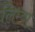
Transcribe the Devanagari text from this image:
लिम्बा